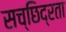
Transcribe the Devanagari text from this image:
सच्छिद्रता